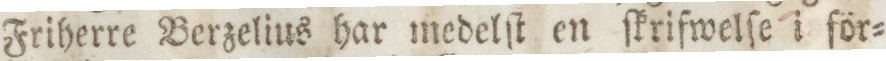
Friherre Berzelius har medelſt en ſkrifwelſe i för=